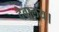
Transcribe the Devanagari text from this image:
देवालय।